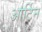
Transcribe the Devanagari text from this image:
आर्टिन